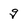
Character: q